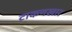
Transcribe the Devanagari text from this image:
टाकणखार